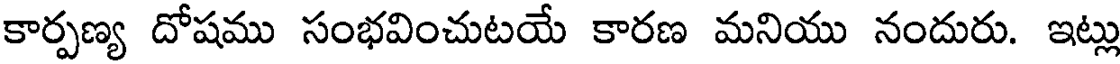
కార్పణ్య దోషము సంభవించుటయే కారణ మనియు నందురు. ఇట్లు